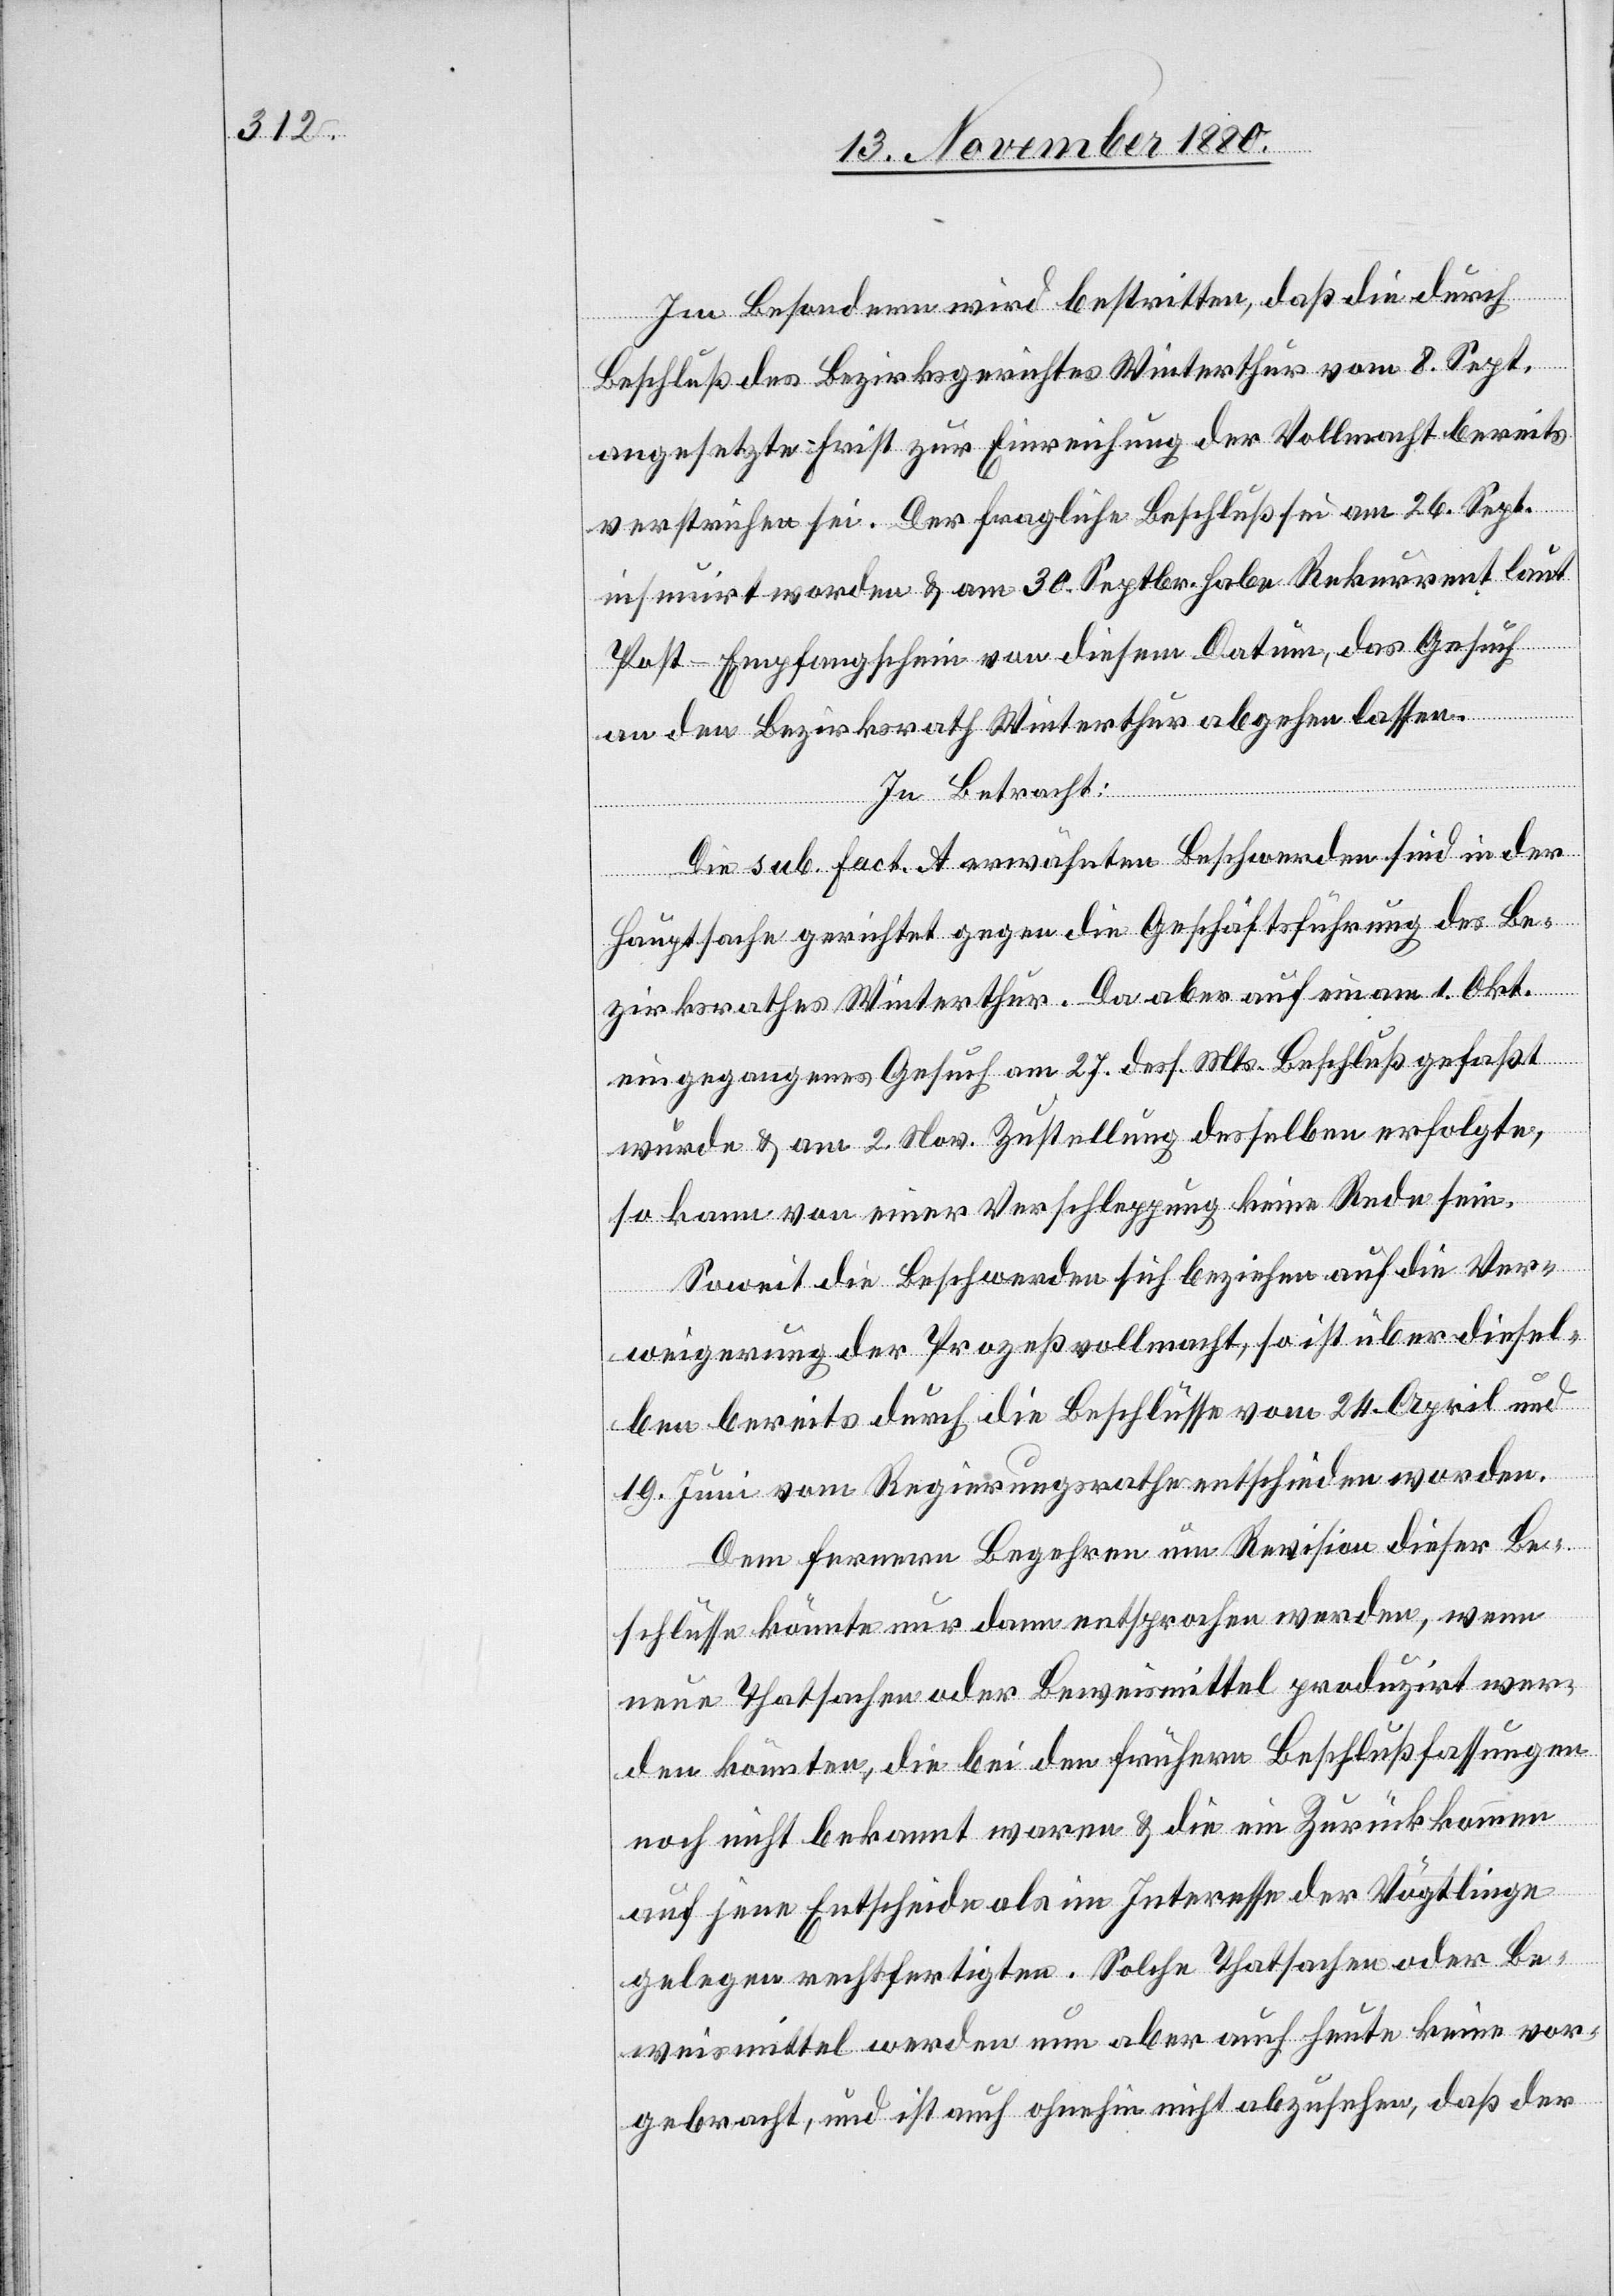
Im Besondern wird bestritten, daß die durch
Beschluß des Bezirksgerichtes Winterthur vom 8. Sept.
angesetzte Frist zur Einreichung der Vollmacht bereits
verstrichen sei. Der fragliche Beschluß sei am 26. Sept.
insumirt worden & am 30. Septbr. habe Rekurrent laut
Post-Empfangsschein von diesem Datum, das Gesuch
an den Bezirksrath Winterthur abgehen lassen.
In Betracht:
Die sub. Fact. A erwähnten Beschwerden sind in der
Hauptsache gerichtet gegen die Geschäftsführung des Be¬
zirksrathes Winterthur. Da aber auf ein am 1. Okt.
eingegangenes Gesuch am 27. dess. Mts. Beschluß gefaßt
wurde & am 2. Nov. Zustellung desselben erfolgte,
so kann von einer Verschleppung keine Rede sein.
Soweit die Beschwerden sich beziehen auf die Ver¬
weigerung der Prozeßvollmacht, so ist über diesel¬
ben bereits durch die Beschlüsse vom 24. April und
19. Juni vom Regierungsrathe entschieden worden.
Dem fernern Begehren um Revision dieser Be¬
schlüsse könnte nur dann entsprochen werden, wenn
neue Thatsachen oder Beweismittel produzirt wer¬
den könnten, die bei den früheren Beschlußfassungen
noch nicht bekannt waren & die ein Zurückkommen
auf jene Entscheide als im Interesse der Vögtlinge
gelegen rechtfertigten. Solche Thatsachen oder Be¬
weismittel werden nun aber auch heute keine vor¬
gebracht, und ist auch ohnehin nicht abzusehen, daß der